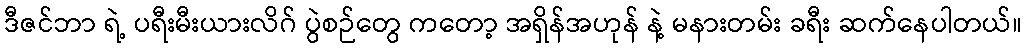
ဒီဇင်ဘာ ရဲ့ ပရီးမီးယားလိဂ် ပွဲစဉ်တွေ ကတော့ အရှိန်အဟုန် နဲ့ မနားတမ်း ခရီး ဆက်နေပါတယ်။